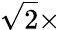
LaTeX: \sqrt{2}\times